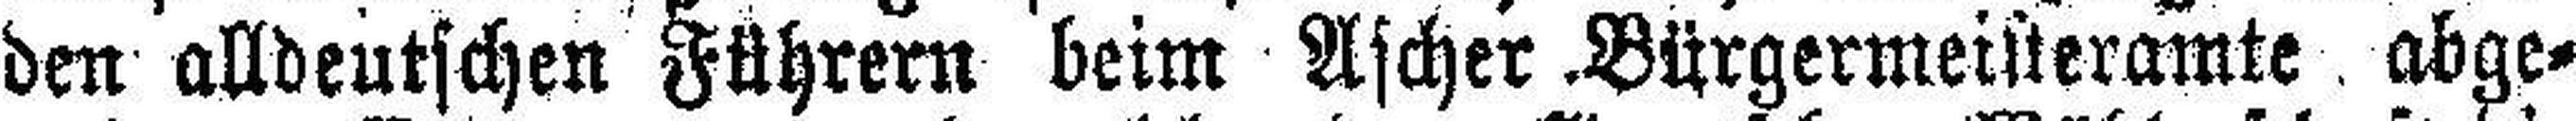
den alldeutschen Führern beim Ascher Bürgermeisteramte abge¬